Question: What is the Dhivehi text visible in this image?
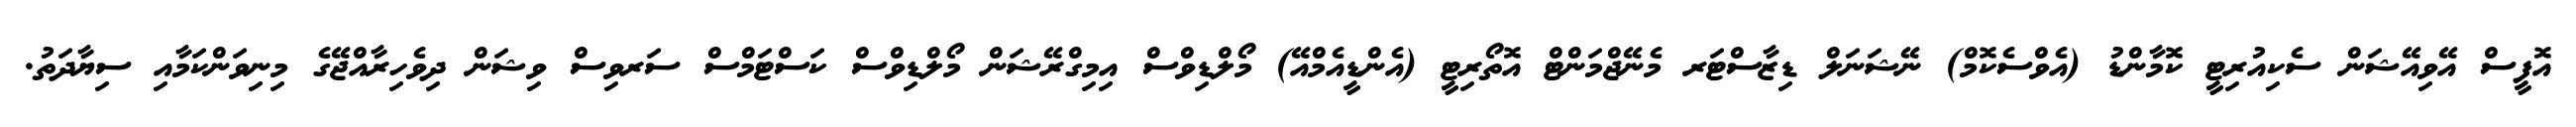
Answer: އޮފީސް އޭވިއޭޝަން ސެކިއުރިޓީ ކޮމާންޑު (އެވްސެކޮމް) ނޭޝަނަލް ޑިޒާސްޓަރ މެނޭޖްމަންޓް އޮތޯރިޓީ (އެންޑީއެމްއޭ) މޯލްޑިވްސް އިމިގްރޭޝަން މޯލްޑިވްސް ކަސްޓަމްސް ސަރވިސް ވިޝަން ދިވެހިރާއްޖޭގެ މިނިވަންކަމާއި ސިޔާދަތު.